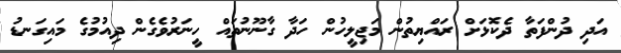
އަދި ދުންފަތާ ދެކޮޅަށް ރައްޔިތުން މަޖިލީހުން ހަދާ ގާނޫނުތައް ހީނަރުވެގެން ދިއުމުގެ މައިގަނޑު